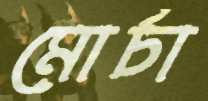
মোর্চা